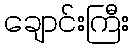
ချောင်းကြီး